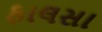
ફાલસા